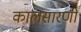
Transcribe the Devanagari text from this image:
कालसारणी